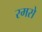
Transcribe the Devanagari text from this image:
रमसे